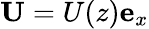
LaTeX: \mathbf{U}=U(z)\mathbf{e}_{x}